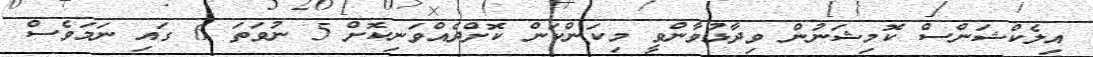
އިލެކްޝަންސް ކޮމިޝަނުން ވިދާޅުވާންވީ މިކަންކަން ކޮށްދެއްވަނިކޮށް 5 ނުވަތަ 6 ގައި ނަމަވެސް